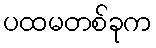
ပထမတစ်ခုက